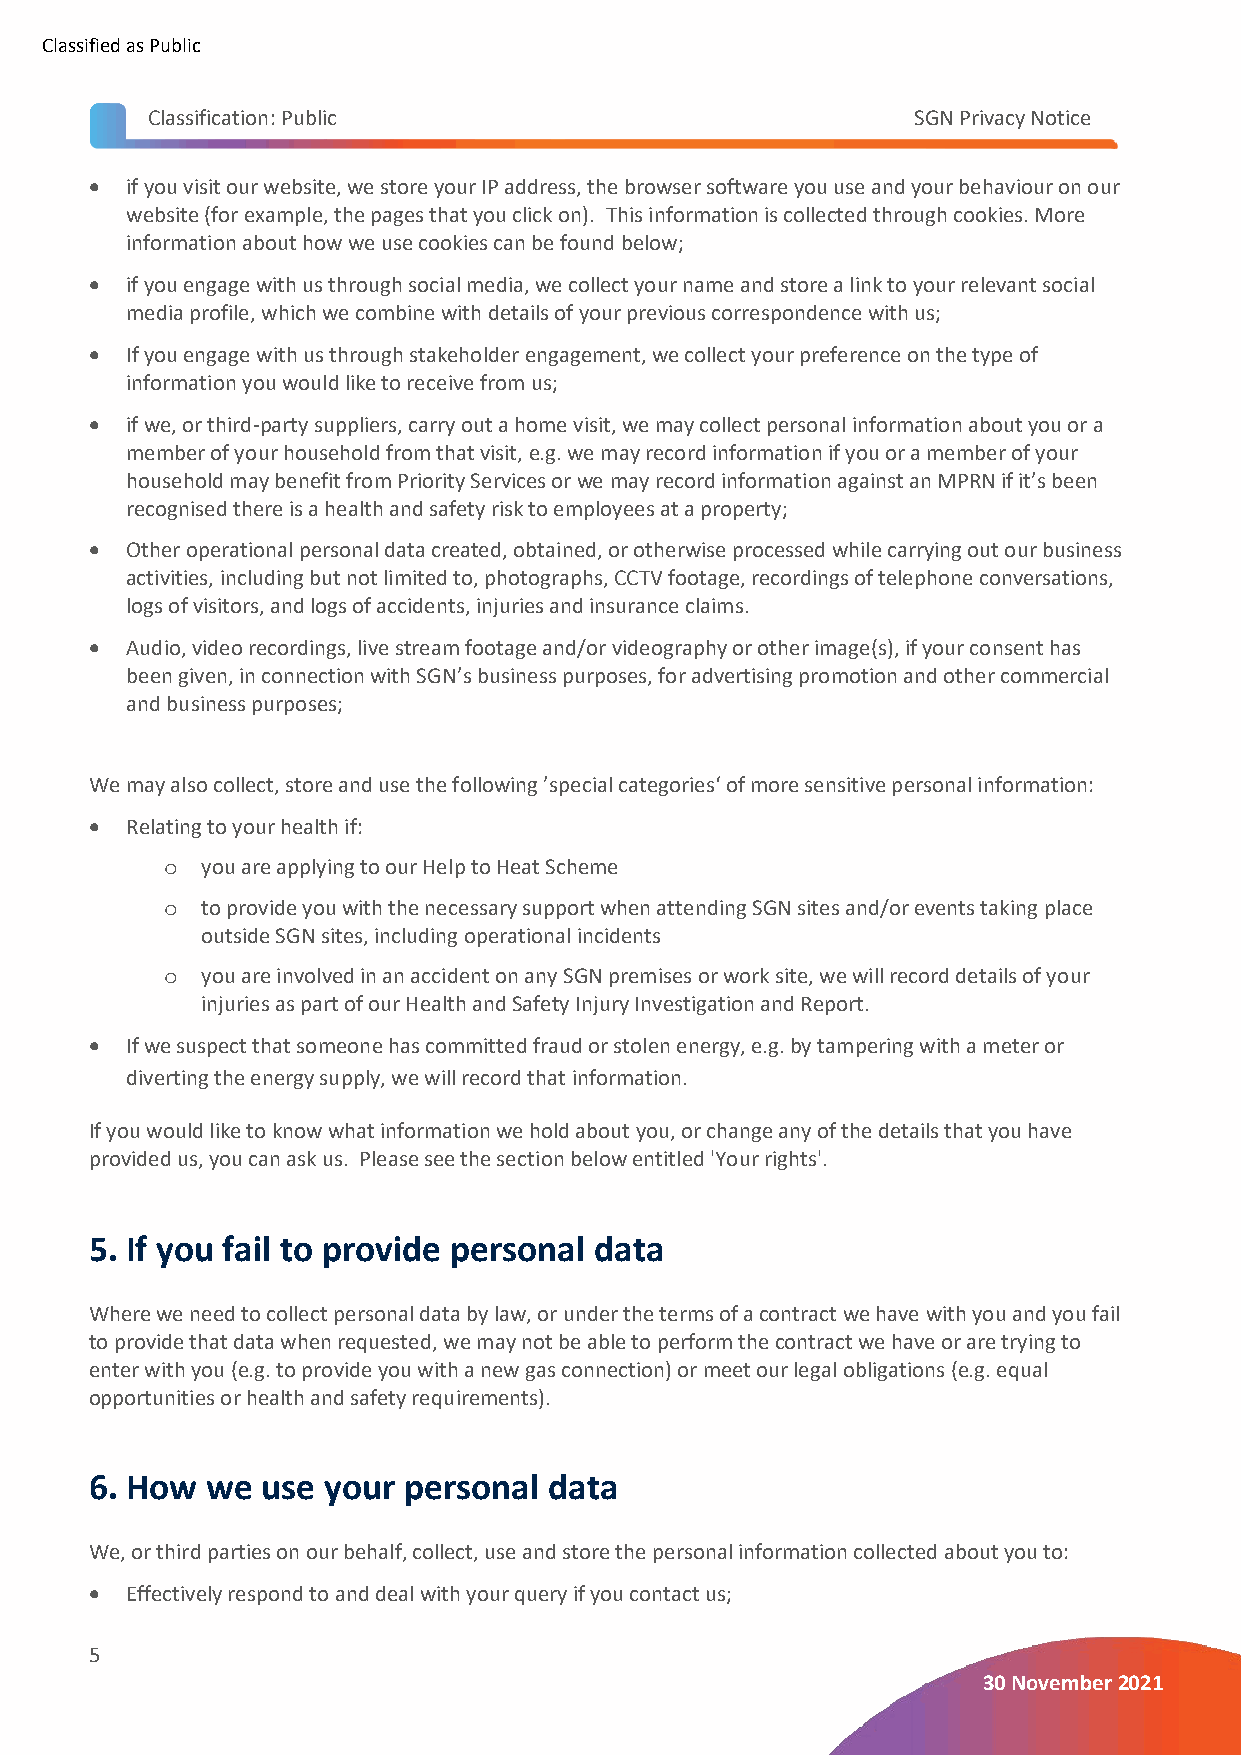
Classified as Public
 Classification: Public                            SGN Privacy Notice
 • if you visit our website, we store your IP address, the browser software you use and your behaviour on our
 website (for example, the pages that you click on). This information is collected through cookies. More
 information about how we use cookies can be found below;
 • if you engage with us through social media, we collect your name and store a link to your relevant social
 media profile, which we combine with details of your previous correspondence with us;
 • If you engage with us through stakeholder engagement, we collect your preference on the type of
 information you would like to receive from us;
 • if we, or third-party suppliers, carry out a home visit, we may collect personal information about you or a
 member of your household from that visit, e.g. we may record information if you or a member of your
 household may benefit from Priority Services or we may record information against an MPRN if it’s been
 recognised there is a health and safety risk to employees at a property;
 • Other operational personal data created, obtained, or otherwise processed while carrying out our business
 activities, including but not limited to, photographs, CCTV footage, recordings of telephone conversations,
 logs of visitors, and logs of accidents, injuries and insurance claims.
 • Audio, video recordings, live stream footage and/or videography or other image(s), if your consent has
 been given, in connection with SGN’s business purposes, for advertising promotion and other commercial
 and business purposes;
 We may also collect, store and use the following ’special categories‘ of more sensitive personal information:
 • Relating to your health if:
 you are applying to our Help to Heat Scheme
 o
 to provide you with the necessary support when attending SGN sites and/or events taking place
 o
 outside SGN sites, including operational incidents
 you are involved in an accident on any SGN premises or work site, we will record details of your
 o
 injuries as part of our Health and Safety Injury Investigation and Report.
 • If we suspect that someone has committed fraud or stolen energy, e.g. by tampering with a meter or
 diverting the energy supply, we will record that information.
 If you would like to know what information we hold about you, or change any of the details that you have
 provided us, you can ask us. Please see the section below entitled 'Your rights'.
 5. If you fail to provide personal data
 Where we need to collect personal data by law, or under the terms of a contract we have with you and you fail
 to provide that data when requested, we may not be able to perform the contract we have or are trying to
 enter with you (e.g. to provide you with a new gas connection) or meet our legal obligations (e.g. equal
 opportunities or health and safety requirements).
 6. How  we use your  personal data
 We, or third parties on our behalf, collect, use and store the personal information collected about you to:
 • Effectively respond to and deal with your query if you contact us;
 5
 30 November 2021